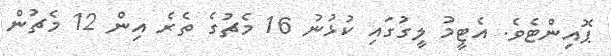
ޕޮއިންޓެވެ. އެޓީމު ލީގުގައި ކުޅުނު 16 މެޗުގެ ތެރެ އިން 12 މެޗުން